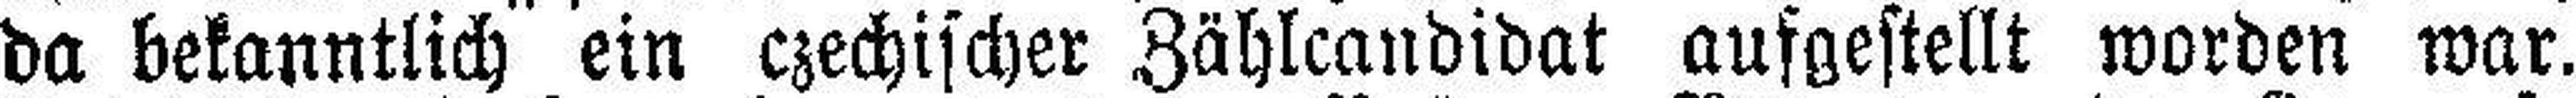
da bekanntlich ein czechischer Zählcandidat aufgestellt worden war.